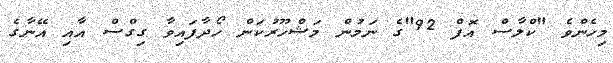
މިހެންވެ "ކްލާސް އޮފް 92"ގެ ނަމުން މަޝްހޫރުކަން ހޯދާފައިވާ ގިގްސް އާއި އޭނާގެ